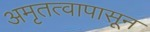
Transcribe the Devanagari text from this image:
अमृतत्वापासून